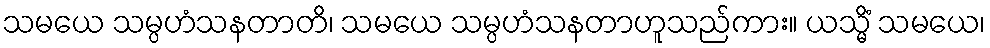
သမယေ သမ္ပဟံသနတာတိ၊ သမယေ သမ္ပဟံသနတာဟူသည်ကား။ ယသ္မိံ သမယေ၊